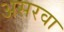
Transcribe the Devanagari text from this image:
असरवा